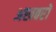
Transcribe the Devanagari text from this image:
अखबरों